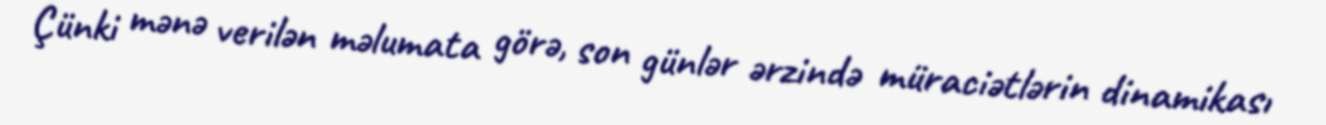
Çünki mənə verilən məlumata görə, son günlər ərzində müraciətlərin dinamikası